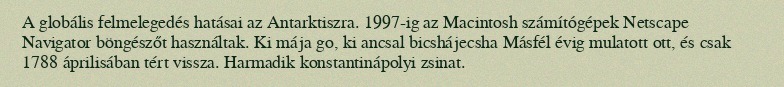
A globális felmelegedés hatásai az Antarktiszra. 1997-ig az Macintosh számítógépek Netscape Navigator böngészőt használtak. Ki mája go, ki ancsal bicshájecsha Másfél évig mulatott ott, és csak 1788 áprilisában tért vissza. Harmadik konstantinápolyi zsinat.